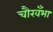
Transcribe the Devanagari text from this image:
चौखँभा